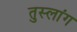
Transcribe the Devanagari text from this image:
तुस्‍लांग